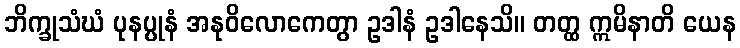
ဘိက္ခုသံဃံ ပုနပ္ပုနံ အနုဝိလောကေတွာ ဥဒါနံ ဥဒါနေသိ။ တတ္ထ ဣမိနာတိ ယေန